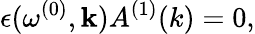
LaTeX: \epsilon(\omega^{(0)},{\mathbf k})A^{(1)}(k)=0,